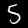
Digit: 5